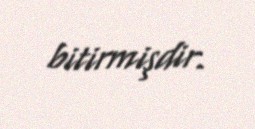
bitirmişdir.